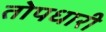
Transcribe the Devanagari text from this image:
तोपधारी